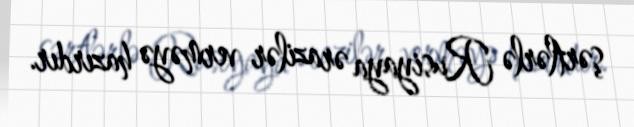
şərtlərlə Rusiyaya ərazilər verməyə hazırdır.